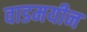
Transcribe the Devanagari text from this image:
वाडमयीन